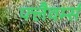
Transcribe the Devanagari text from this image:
फ्लैवर्म्स